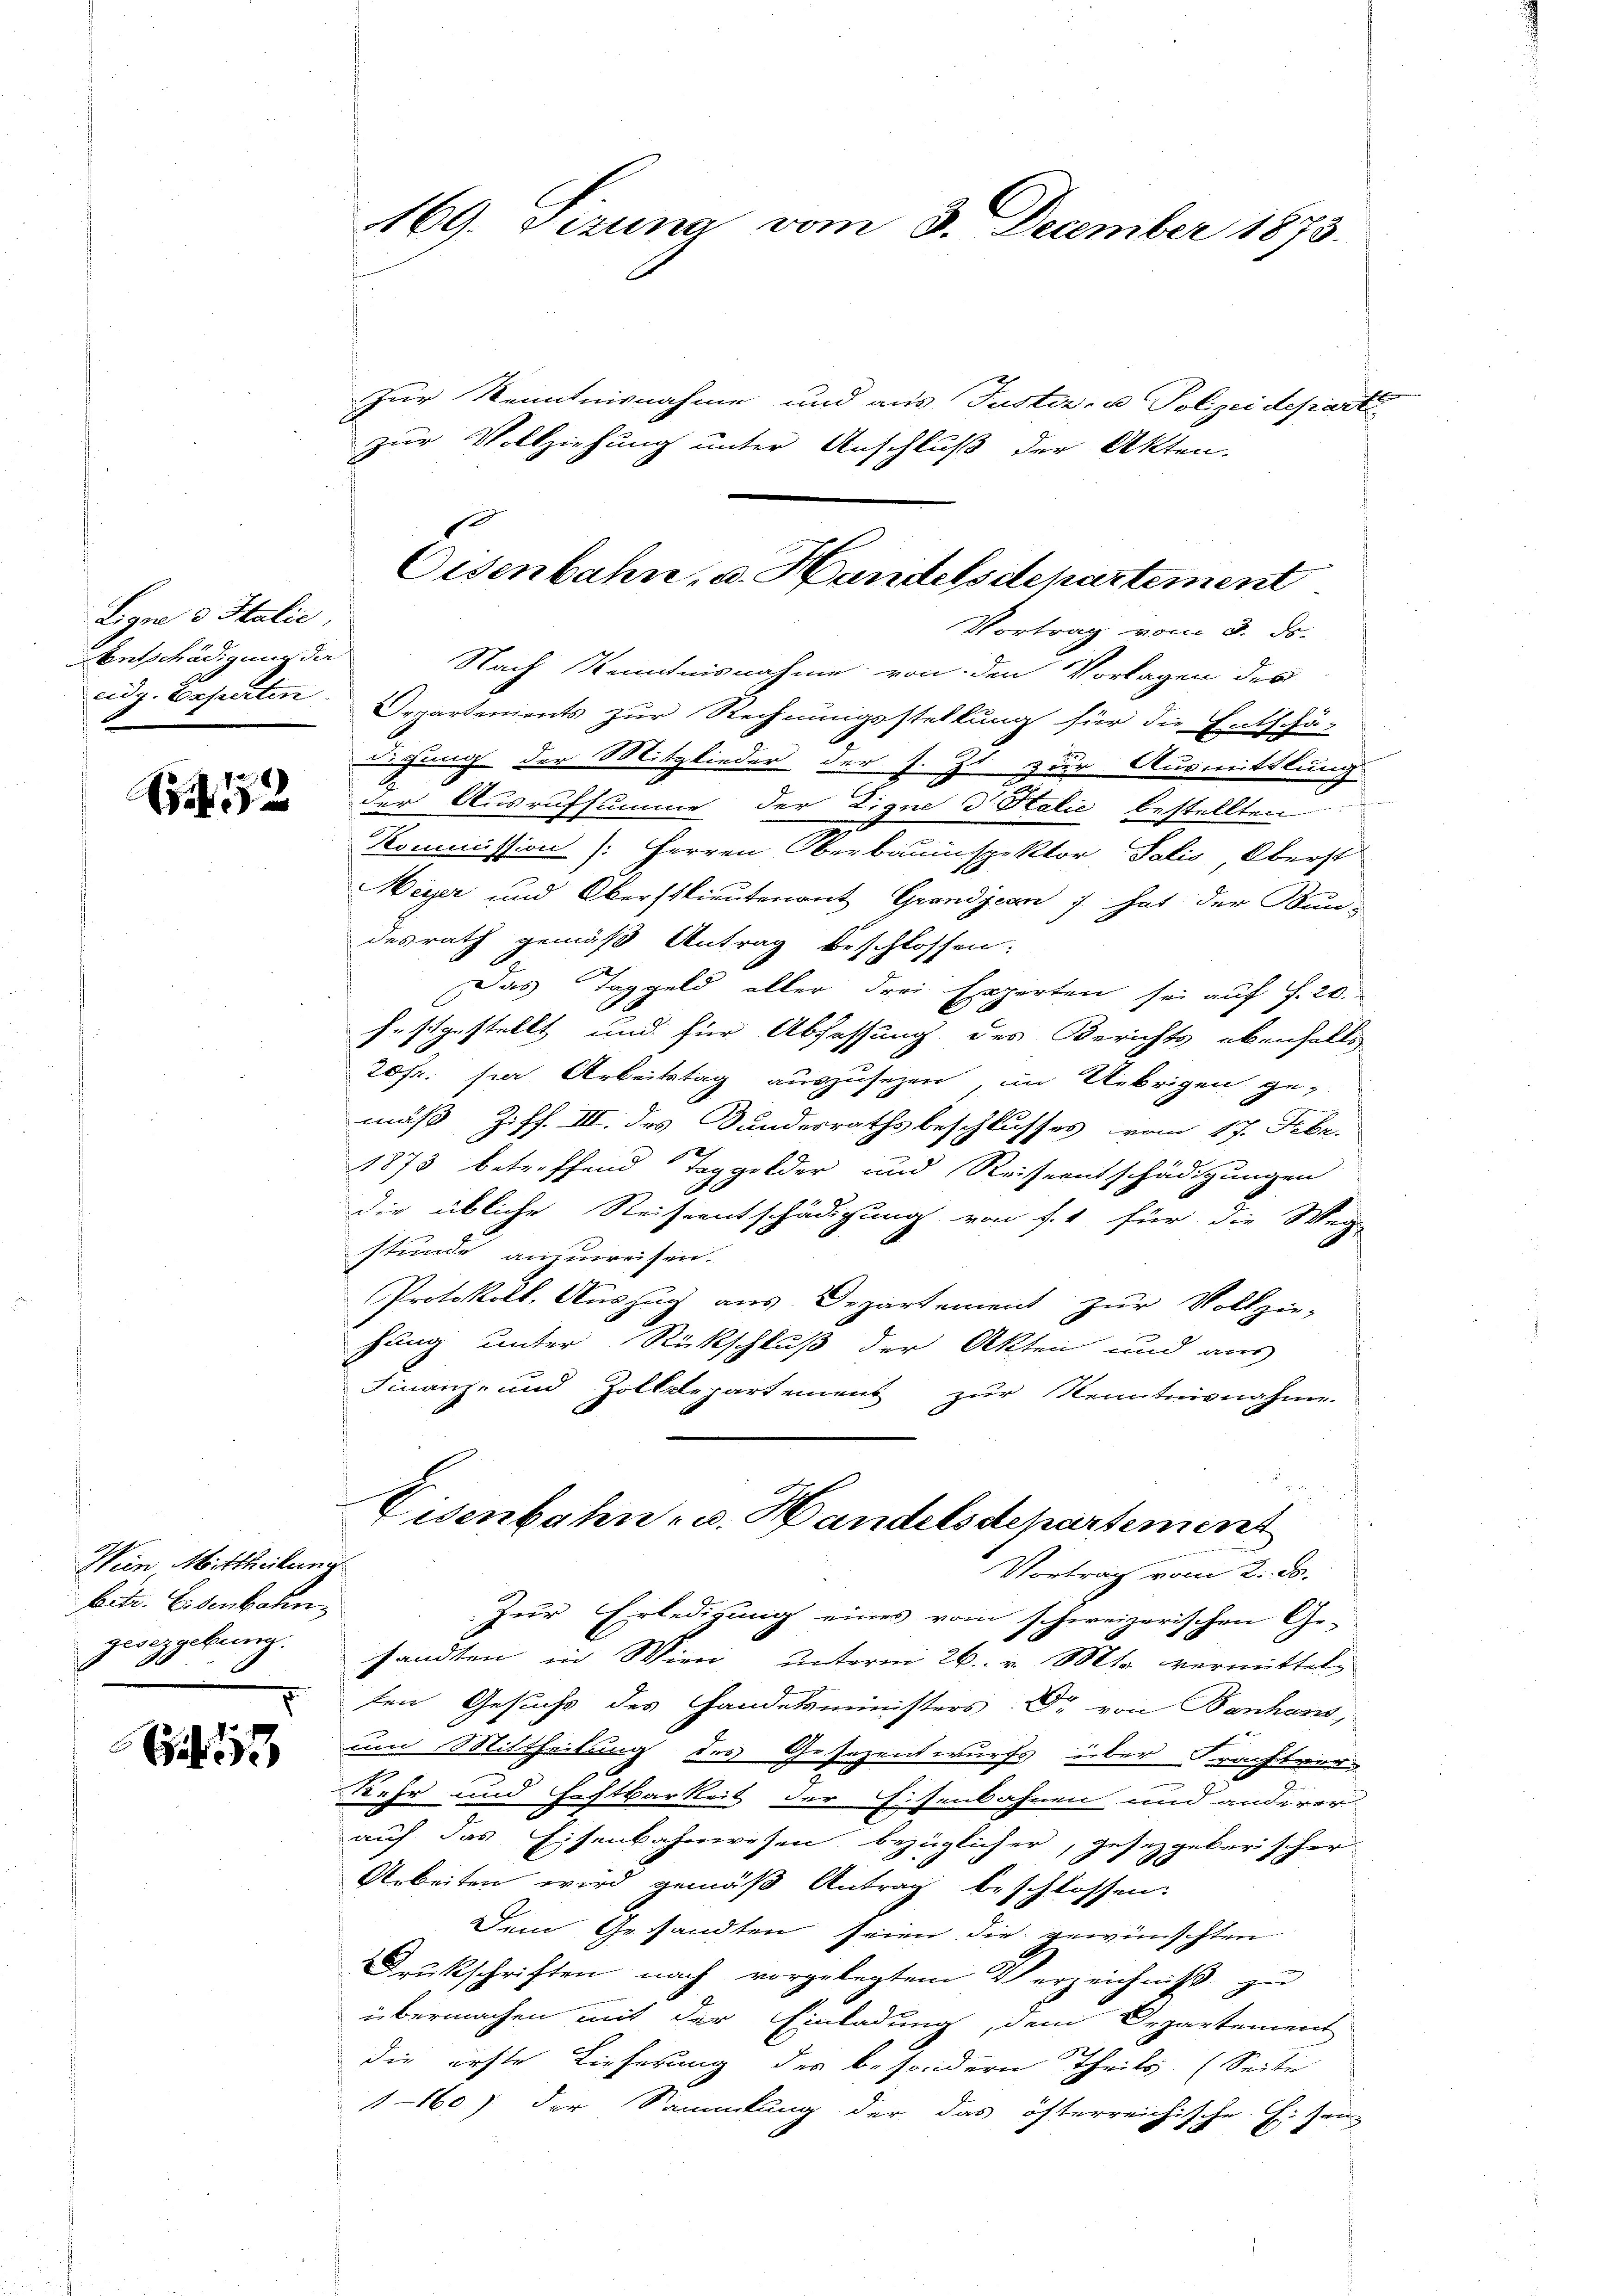
Ligne 3 Italie
Entschädigung da

N 52

Wien, Mittheilung
betr. Eisenbahn
zwizgebung.

1

Zur Kenntnisnahme und aus Justiz- u Polizeideparte
zur Vollziehung unter Anschluß der Akten.
Vortrag vom 3. ds.
Nach Kenntnisnahme von den Vorlagen des
eidg. Experten Departements zur Rechnungsstellung für die Entschä-
digung der Mitglieder der s. Zt. zur Ausmittlung
der Ausrufsumme der Eigne d. Stalić bestellten
e
Kommission (: Herren Oberbauinspektor Salis Oberst
Meyer und Oberstlieutenant Grandjean 1. hat der Bundesrath gemäß Antrag beschlossen:
Das Taggeld aller drei Experten sei auf S. 20.
festgestellt und für Abfassung des Berichts ebenfalls
20fr. sie Arbeitstag auszusehen, im Uebrigen ge-
mäß, Ziff. III. des Bundesrathsbeschlusses vom 17. Febr.
1873 betreffend Taggelder und Reiseentschädigungen
die übliche Reiseentschädigung von f. 1 für die Weg-
stunde ausreisen.
Protokoll, Auszug aus Departement zur Vollzie-
fung unter Rückschluß der Akten und aus
Finanz- und Zolldepartement zur Kenntnisnahme
Eisenbahn- u. Handelsdepartement
Vortrag vom 2. ds.
Zur Erledigung eines vom schweizerischen Ge-
sandten in Wien unterm 26. v. Mts. vermittel-
ten Gesuchs des Handelsministers. Dr von Banhans,
um Mittheilung des Gesezentwurfs über Frachtver-
Kehr und Fechtbarkeit der Eisenbahnen und anderer
auf das Eisenbahnwesen bezüglicher, gesetzgeberischer
Arbeiten wird gemäß Antrag beschlossen.
Dem Gesandten seien die gewünschten
Drukschriften nach vorgelegtem Verzeichniβ zŭ
übermachen mit der Einladung, dem Departement
die erste Lieferung der besondern Theils (Seite
1160) der Sammlung der das österreichische G. Jen

169. Sizung vom 3. December 1873.

Eisenbahn, u. Handelsdepartement